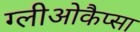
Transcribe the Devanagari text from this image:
ग्लीओकैप्सा